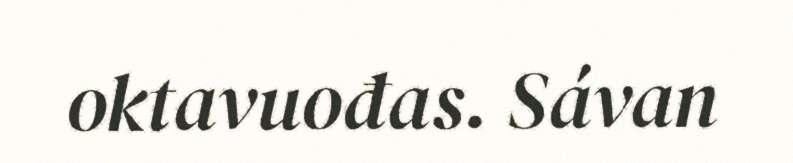
oktavuođas. Sávan